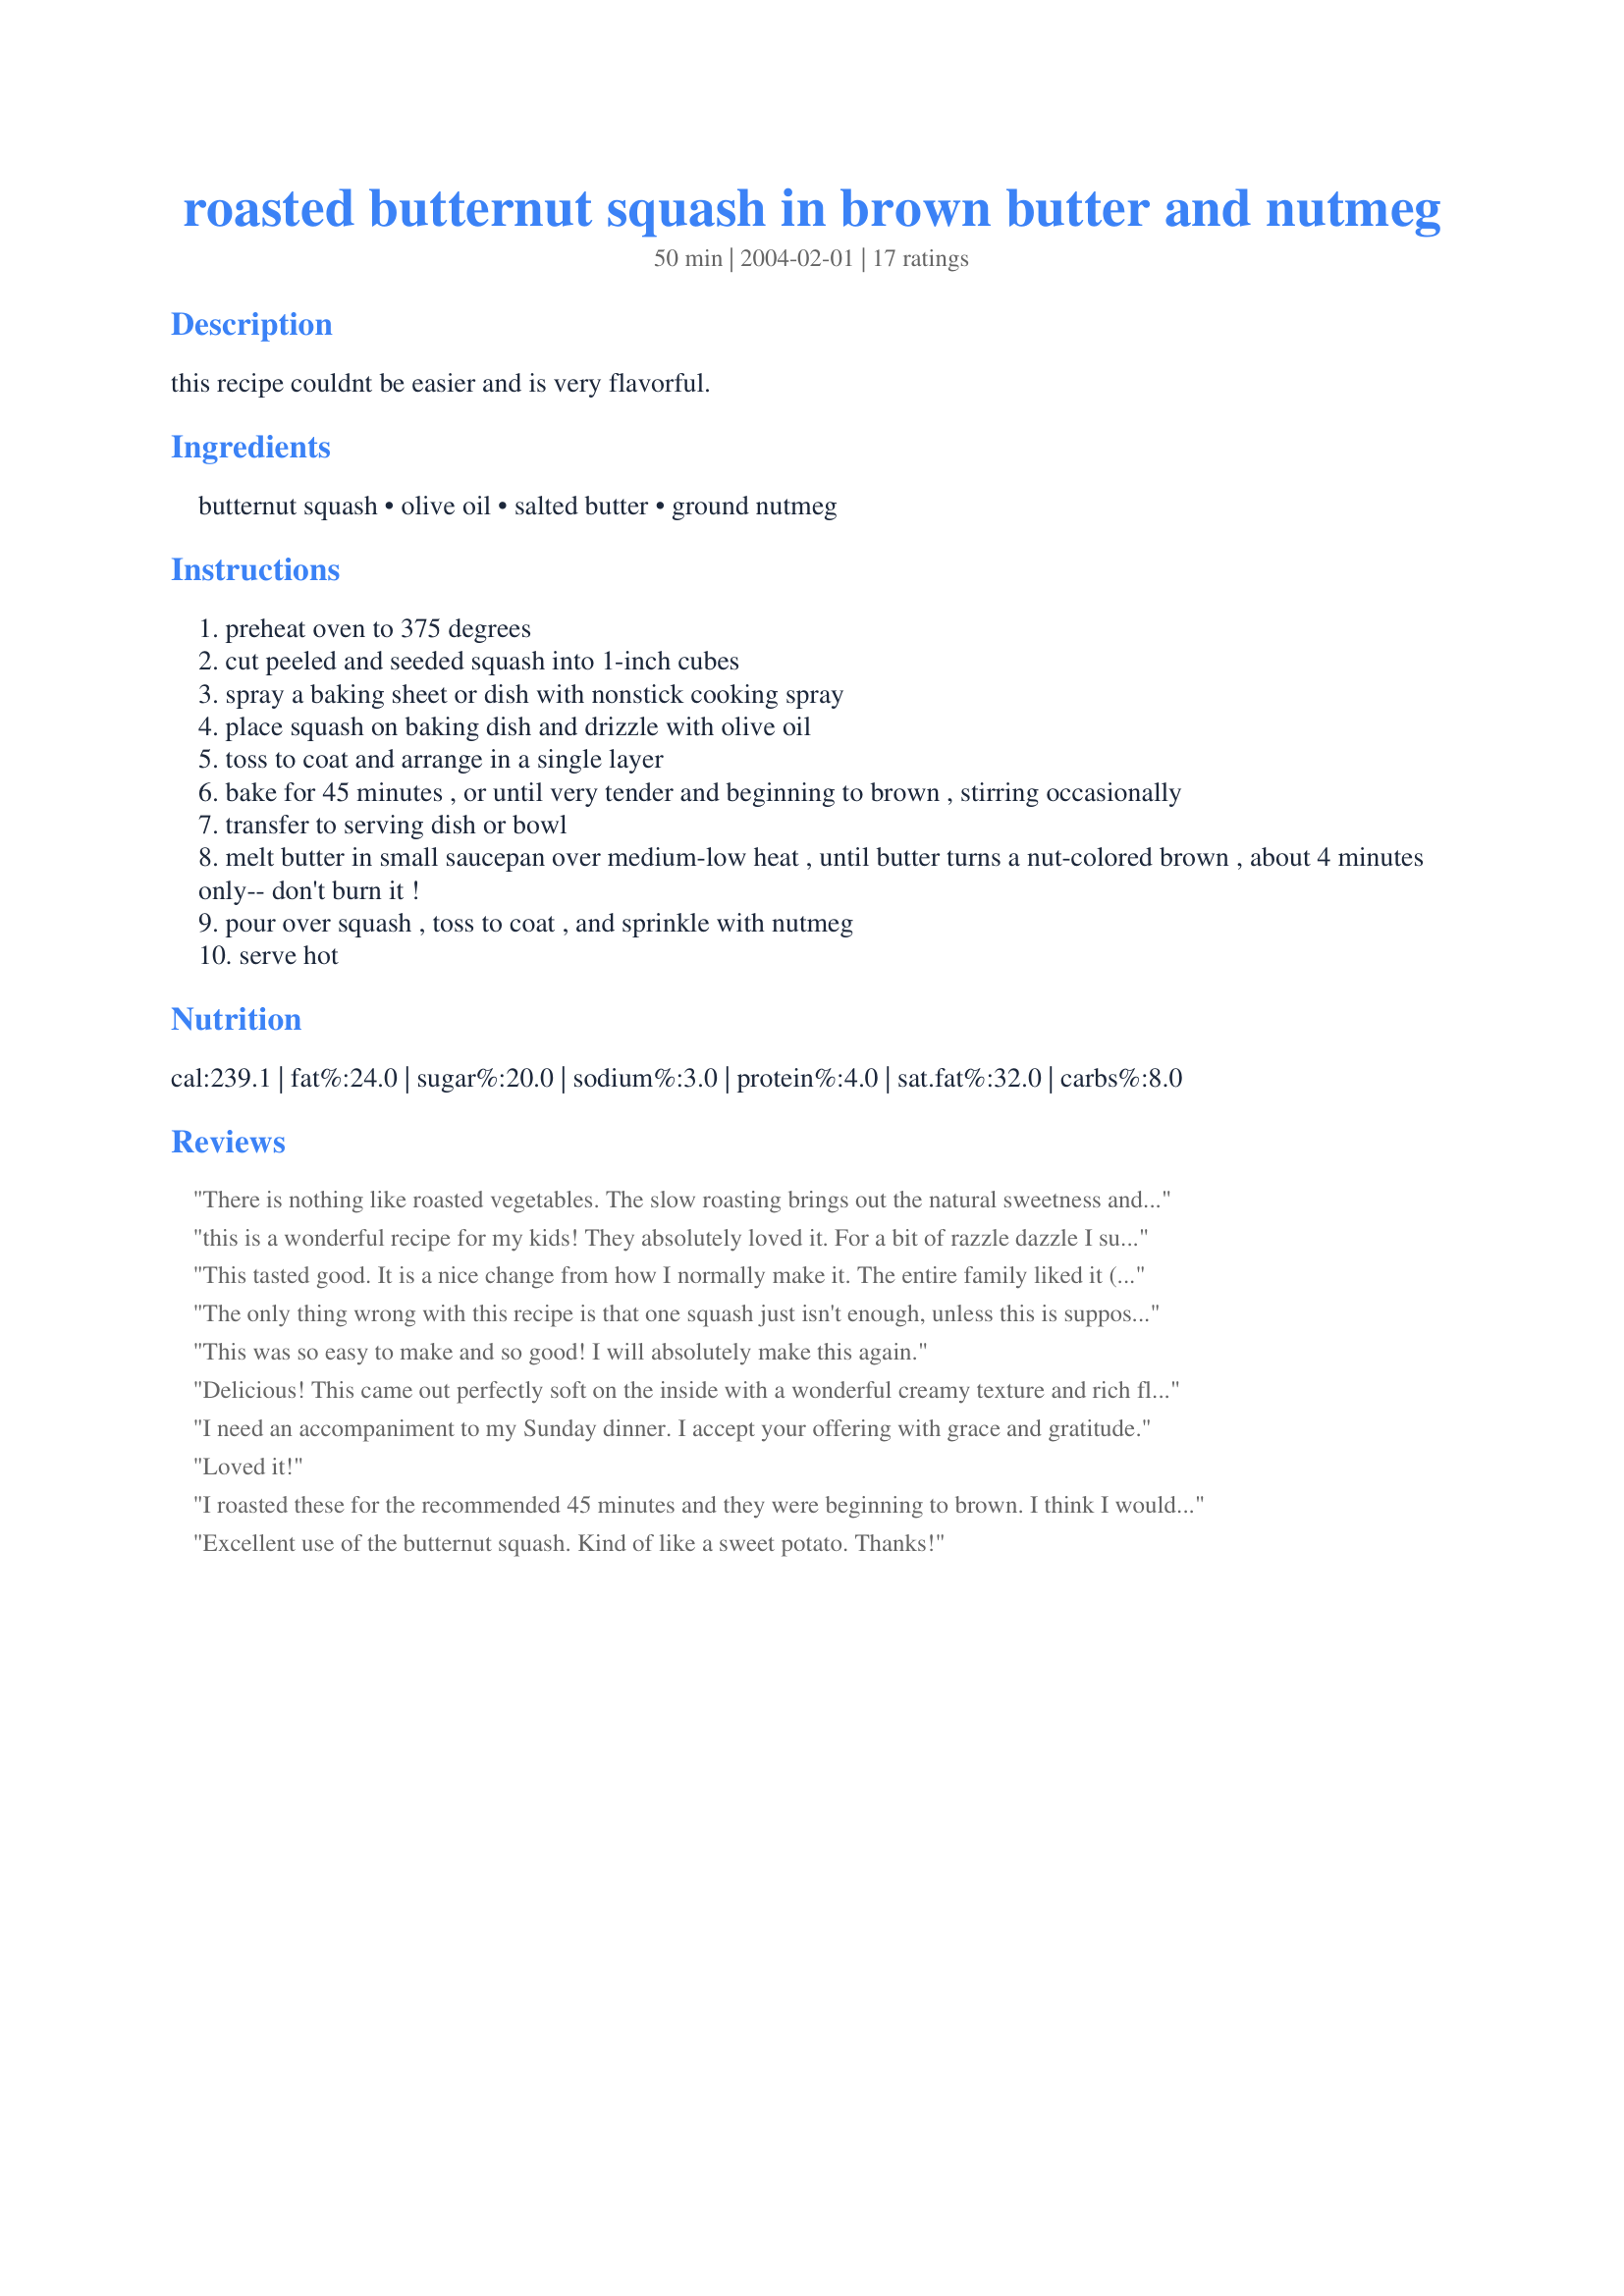
roasted butternut squash in brown butter and nutmeg
Preparation time: 50 minutes

this recipe couldnt be easier and is very flavorful.

Ingredients:
butternut squash, olive oil, salted butter, ground nutmeg

Steps:
preheat oven to 375 degrees
cut peeled and seeded squash into 1-inch cubes
spray a baking sheet or dish with nonstick cooking spray
place squash on baking dish and drizzle with olive oil
toss to coat and arrange in a single layer
bake for 45 minutes , or until very tender and beginning to brown , stirring occasionally
transfer to serving dish or bowl
melt butter in small saucepan over medium-low heat , until butter turns a nut-colored brown , about 4 minutes only-- don't burn it !
pour over squash , toss to coat , and sprinkle with nutmeg
serve hot

Reviews:
There is nothing like roasted vegetables. The slow roasting brings out the natural sweetness and this recipe was no exception. I served this with Cajun Pork Roast recipe #74794 by NimrodCook. The roast needed to cook at 350 degrees so I planned to cook the squash a little longer to make up for the 25 degree difference in oven temperature and it really didn't need it. The butter was nicely browned in the time specified. Thanks for a great vegetable side.
this is a wonderful recipe for my kids! They absolutely loved it. For a bit of razzle dazzle I suggest to serve with cool whip. It sounds weird but is delicious!~
This tasted good. It is a nice change from how I normally make it. The entire family liked it (parents & kids). I will make this again.
The only thing wrong with this recipe is that one squash just isn't enough, unless this is supposed to feed only one! Seriously, this is so good that you really do need to increase the amount of squash to feed 4. Became an instant fave! Thnx so much for posting, Kelly!
This was so easy to make and so good! I will absolutely make this again.
Delicious! This came out perfectly soft on the inside with a wonderful creamy texture and rich flavor. Easy too.
I need an accompaniment to my Sunday dinner. I accept your offering with grace and gratitude.
Loved it!
I roasted these for the recommended 45 minutes and they were beginning to brown. I think I would have liked them even more had I roasted until they were carmelized a bit.
Excellent use of the butternut squash. Kind of like a sweet potato. Thanks!
Delicious! Will make often this fall!
Made this to go with dinner last night and it was easy to make. I bought butternut squash that was already peeled and cubed and that saved some time. The flavors, great fall taste. Wondering how it would be with some sweet onions added
This is delightful as it is, and we all so appreciate your sharing this recipe. . .an even sweeter variation is to add a quick, complete turn or two of your black pepper grinder, add a pinch of cinnamon amd nutmeg, mixed with maybe a 1/4c+/- of brown sugar and sprinkle the sugar mixed with the spices over the top and bake. . .NUMmmmmyyyyy??
Delicious. I didn't need as much of the butter. Thanks!
This is wonderful. It's going to be part of our dinners alot!
Easy to prepare (well, after you get the darn butternut squash peeled!! ;) ) We enjoyed the flavor also. Thanks!
We love butternut squash and this was the perfect alternative to sweet potatoes for our Thanksgiving meal. Roasting brings out the natural sweetness of the squash and the nutmeg is just the right addition. This bowl was licked clean, and nobody missed the old marshmallow-laden dish.
